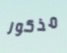
مذكور